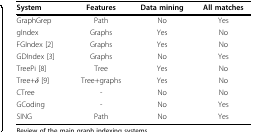
| System | Features | Data mining | All matches |
 | --- | --- | --- | --- |
 | GraphGrep | Path | No | Yes |
 | gIndex | Graphs | Yes | No |
 | FGIndex [2] | Graphs | Yes | No |
 | GDIndex [3] | Graphs | No | Yes |
 | TreePi [8] | Tree | Yes | No |
 | Tree+δ [9] | Tree+graphs | Yes | No |
 | CTree | - | No | No |
 | GCoding | - | No | Yes |
 | SING | Path | No | Yes |